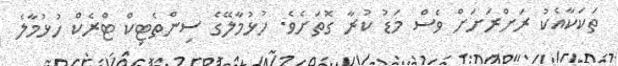
ތަކަކާއެކު ރަށްރަށަށް ވެސް މަޑު ކުރާ ގޮތަށެވެ. ހުޅުމާލޭގެ ސިންތެޓިކް ޓްރެކް ހުޅުމާލެ